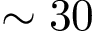
\sim 3 0